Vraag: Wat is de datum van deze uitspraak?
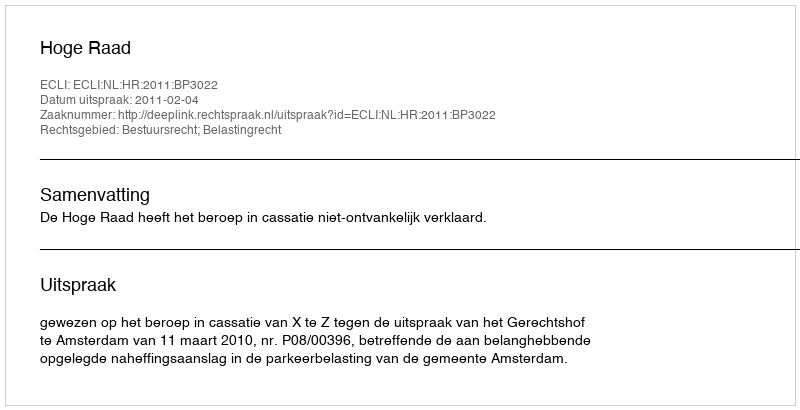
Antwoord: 2011-02-04